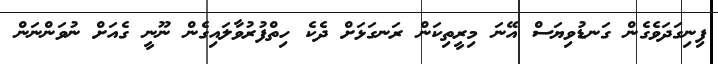
ފިނިގަދަވެގެން ގަނޑުވިޔަސް އޭނަ މިރީތިކަން ރަނގަޅަށް ދެކެ ހިތްފުރުވާލައިގެން ނޫނީ ގެއަށް ނުވަންނަން